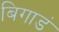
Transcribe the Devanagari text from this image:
बिगाडं